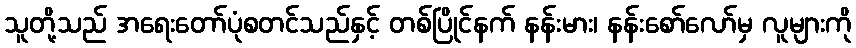
သူတို့သည် အရေးတော်ပုံစတင်သည်နှင့် တစ်ပြိုင်နက် နန်းမား၊ နန်းစော်လော်မှ လူများကို